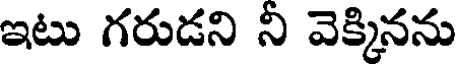
ఇటు గరుడని ని వెక్కినను